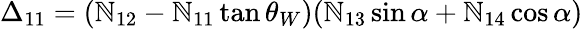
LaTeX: \Delta_{11}=(\mathbb{N}_{12}-\mathbb{N}_{11}\tan\theta_{W})(\mathbb{N}_{13}\sin\alpha+\mathbb{N}_{14}\cos\alpha)